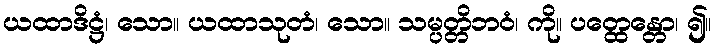
ယထာဒိဋ္ဌံ၊ သော။ ယထာသုတံ၊ သော။ သမ္ပတ္တိဘဝံ၊ ကို။ ပတ္ထေန္တော၊ ၍။